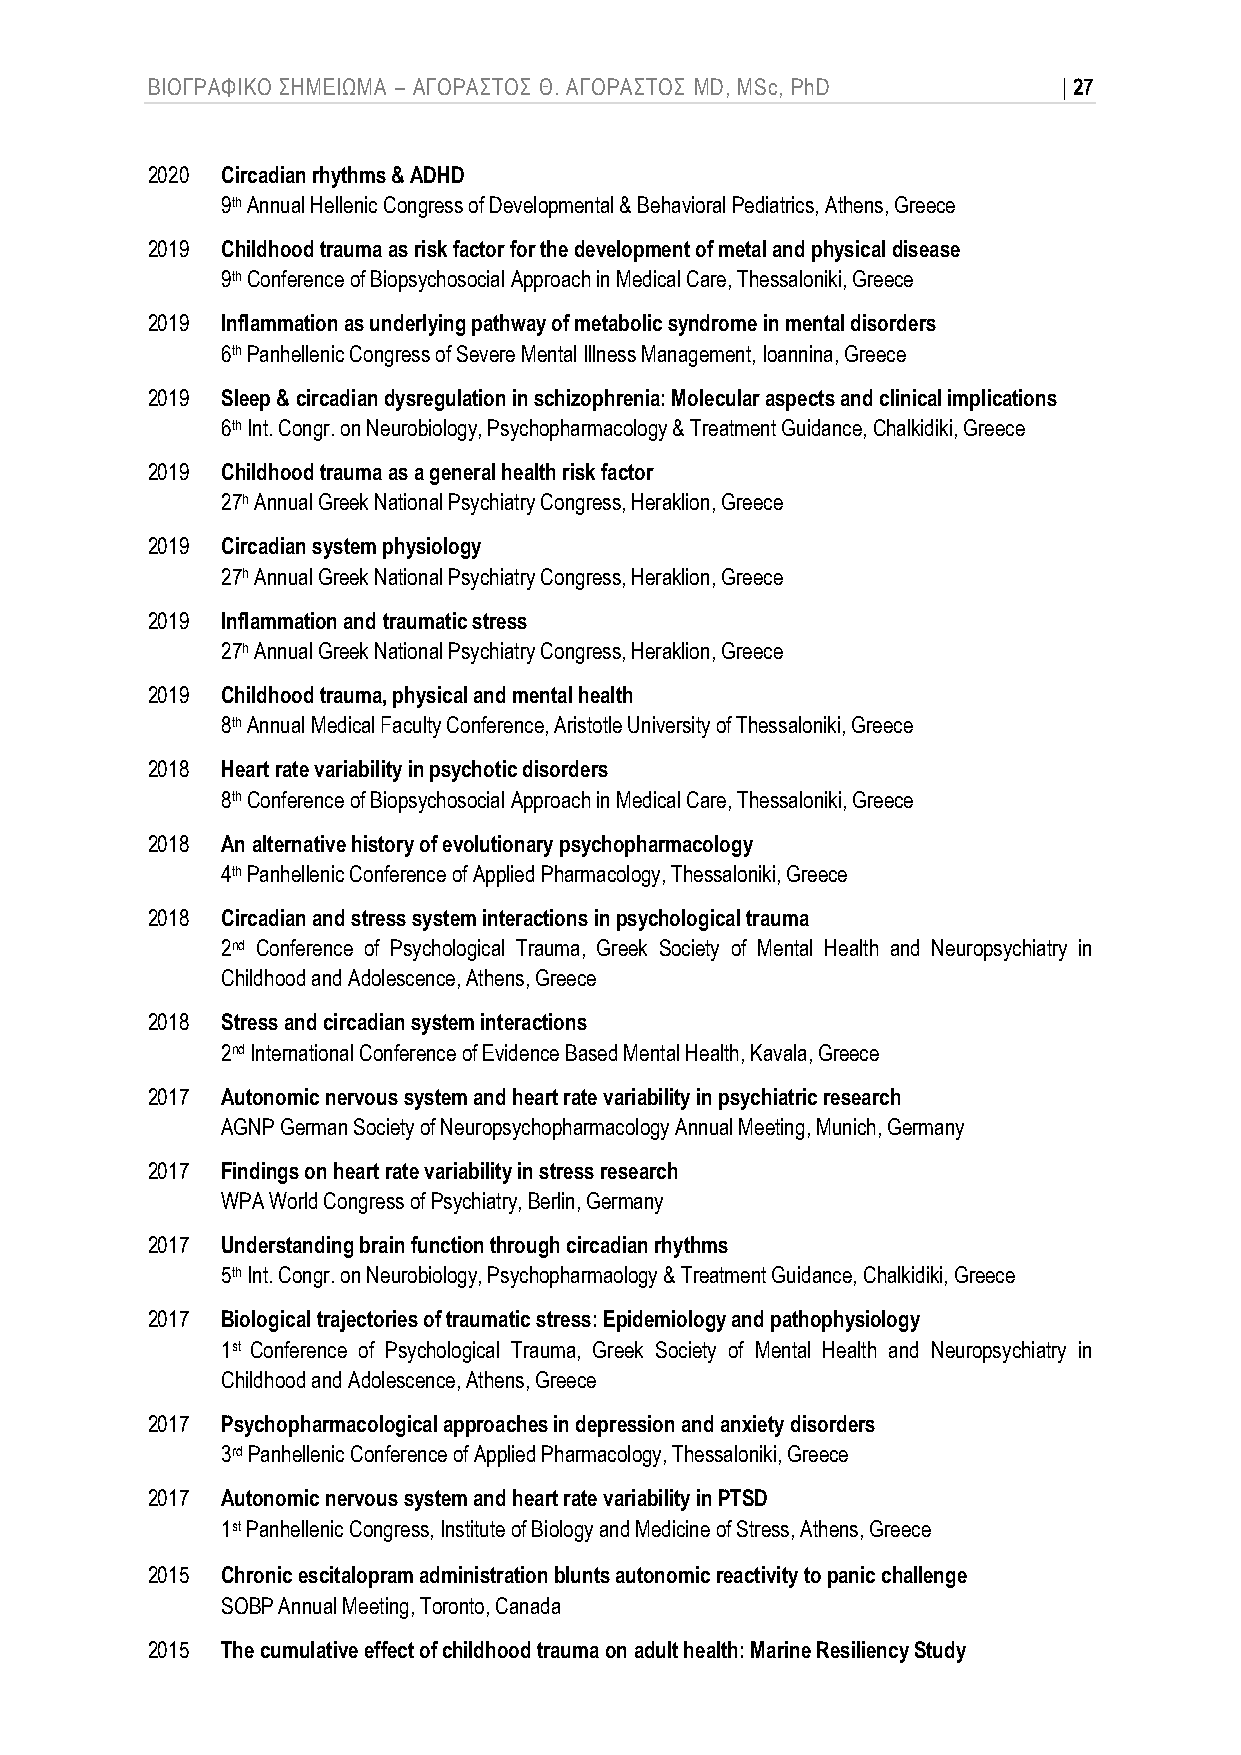
ΒΙΟΓΡΑΦΙΚΟ ΣΗΜΕΙΩΜΑ – ΑΓΟΡΑΣΤΟΣ Θ. ΑΓΟΡΑΣΤΟΣ MD, MSc, PhD   | 27
 2020 Circadian rhythms & ADHD
 9th Annual Hellenic Congress of Developmental & Behavioral Pediatrics, Athens, Greece
 2019 Childhood trauma as risk factor for the development of metal and physical disease
 9th Conference of Biopsychosocial Approach in Medical Care, Thessaloniki, Greece
 2019 Inflammation as underlying pathway of metabolic syndrome in mental disorders
 6th Panhellenic Congress of Severe Mental Illness Management, Ioannina, Greece
 2019 Sleep & circadian dysregulation in schizophrenia: Molecular aspects and clinical implications
 6th Int. Congr. on Neurobiology, Psychopharmacology & Treatment Guidance, Chalkidiki, Greece
 2019 Childhood trauma as a general health risk factor
 27h Annual Greek National Psychiatry Congress, Heraklion, Greece
 2019 Circadian system physiology
 27h Annual Greek National Psychiatry Congress, Heraklion, Greece
 2019 Inflammation and traumatic stress
 27h Annual Greek National Psychiatry Congress, Heraklion, Greece
 2019 Childhood trauma, physical and mental health
 8th Annual Medical Faculty Conference, Aristotle University of Thessaloniki, Greece
 2018 Heart rate variability in psychotic disorders
 8th Conference of Biopsychosocial Approach in Medical Care, Thessaloniki, Greece
 2018 An alternative history of evolutionary psychopharmacology
 4th Panhellenic Conference of Applied Pharmacology, Thessaloniki, Greece
 2018 Circadian and stress system interactions in psychological trauma
 2nd Conference of Psychological Trauma, Greek Society of Mental Health and Neuropsychiatry in
 Childhood and Adolescence, Athens, Greece
 2018 Stress and circadian system interactions
 2nd International Conference of Evidence Based Mental Health, Kavala, Greece
 2017 Autonomic nervous system and heart rate variability in psychiatric research
 AGNP German Society of Neuropsychopharmacology Annual Meeting, Munich, Germany
 2017 Findings on heart rate variability in stress research
 WPA World Congress of Psychiatry, Berlin, Germany
 2017 Understanding brain function through circadian rhythms
 5th Int. Congr. on Neurobiology, Psychopharmaology & Treatment Guidance, Chalkidiki, Greece
 2017 Biological trajectories of traumatic stress: Epidemiology and pathophysiology
 1st Conference of Psychological Trauma, Greek Society of Mental Health and Neuropsychiatry in
 Childhood and Adolescence, Athens, Greece
 2017 Psychopharmacological approaches in depression and anxiety disorders
 3rd Panhellenic Conference of Applied Pharmacology, Thessaloniki, Greece
 2017 Autonomic nervous system and heart rate variability in PTSD
 1st Panhellenic Congress, Institute of Biology and Medicine of Stress, Athens, Greece
 2015 Chronic escitalopram administration blunts autonomic reactivity to panic challenge
 SOBP Annual Meeting, Toronto, Canada
 2015 The cumulative effect of childhood trauma on adult health: Marine Resiliency Study